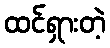
ထင်ရှားတဲ့